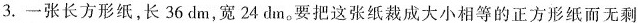
3.一张长方形纸，长36dm，宽24dm。要把这张纸裁成大小相等的正方形纸而无剩